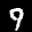
Label: 9